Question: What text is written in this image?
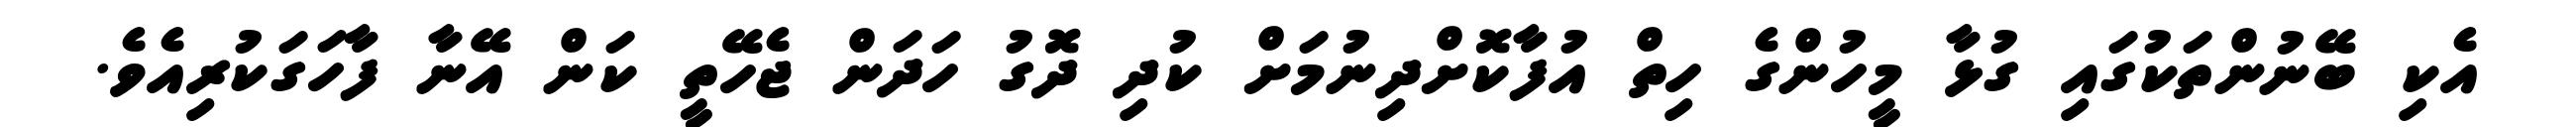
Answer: އެކި ބޭނުންތަކުގައި ގުޅާ މީހުންގެ ހިތް އުފާކޮށްދިނުމަށް ކުދި ދޮގު ހަދަން ޖެހޭތީ ކަން އޭނާ ފާހަގަކުރިއެވެ.